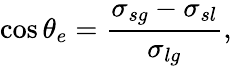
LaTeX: \cos\theta_{e}=\frac{\sigma_{sg}-\sigma_{sl}}{\sigma_{lg}},